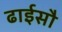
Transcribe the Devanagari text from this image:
ढाईसौ